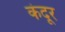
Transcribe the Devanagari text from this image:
कंदूर